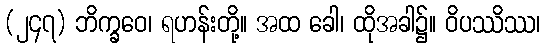
(၂၄၇) ဘိက္ခဝေ၊ ရဟန်းတို့။ အထ ခေါ၊ ထိုအခါ၌။ ဝိပဿိဿ၊